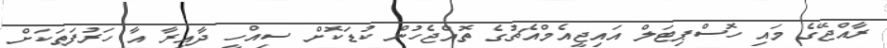
ރާއްޖޭގެ މައި ހޮސްޕިޓަލް އައިޖީއެމްއެޗުގެ ތޮއްޖެހުން ކުޑަކޮށް ސިއްހީ ދާއިރާ އާ ހަރުފަތަކަށް